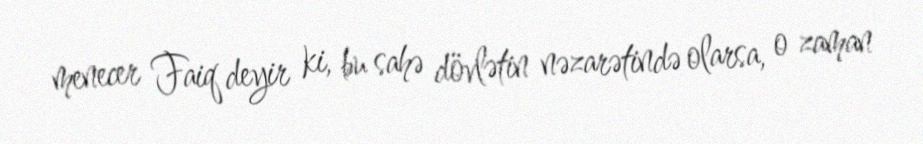
menecer Faiq deyir ki, bu sahə dövlətin nəzarətində olarsa, o zaman